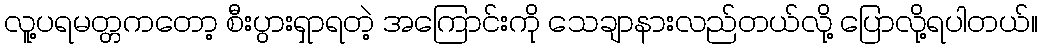
လူ့ပရမတ္တကတော့ စီးပွားရှာရတဲ့ အကြောင်းကို သေချာနားလည်တယ်လို့ ပြောလို့ရပါတယ်။